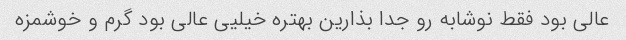
عالی بود فقط نوشابه رو جدا بذارین بهتره خیلیی عالی بود گرم و خوشمزه